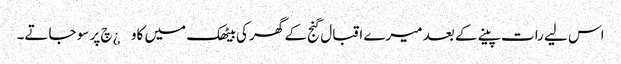
اس لیے رات پینے کے بعد میرے اقبال گنج کے گھر کی بیٹھک میں کاو¿چ پر سو جاتے۔